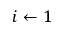
i \gets 1